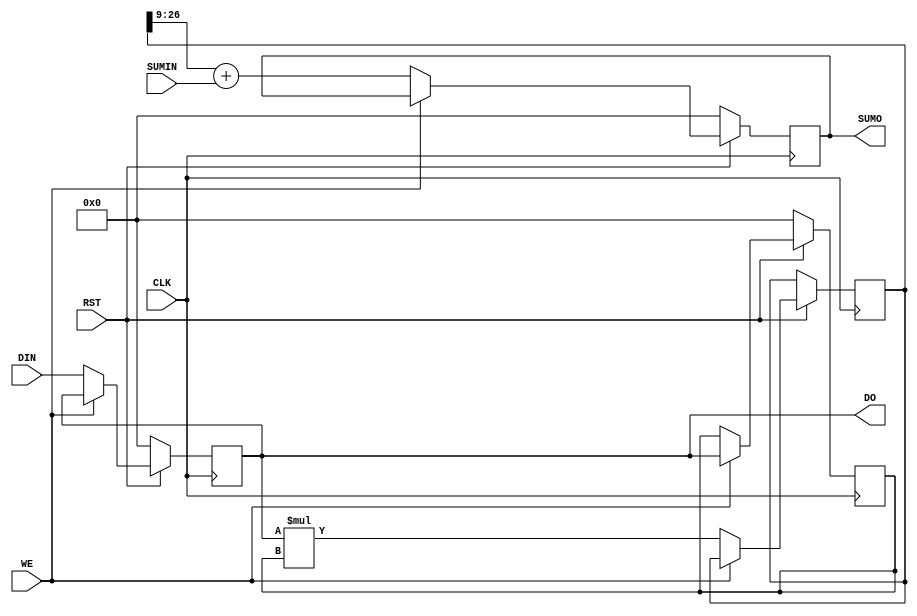
module PE(
		input 	RST,
		input 	CLK,
		input 	WE,
		input 	[17:0]SUMIN,
		output 	[17:0]SUMO,
		input 	[17:0]DIN,
		output 	[17:0]DO
	);
	
	reg [17:0]	step_register = 0;
	reg [17:0] 	sum_register = 0;
	reg [17:0]	parameter_register = 0;
	
	reg [35:0] mul;
	
	assign SUMO = sum_register;
	assign DO = step_register;

	always@(posedge CLK)
	begin
		if(~RST)
			begin
				step_register <= 0;
				sum_register <= 0;
				parameter_register <= 0;
			end
		else if(WE)
			begin
				parameter_register <= step_register;
			end
		else
			begin
				mul <= ($signed(step_register) * $signed(parameter_register));
				sum_register <= (mul >> 9) + SUMIN;
				step_register <= DIN;
			end
	end
endmodule